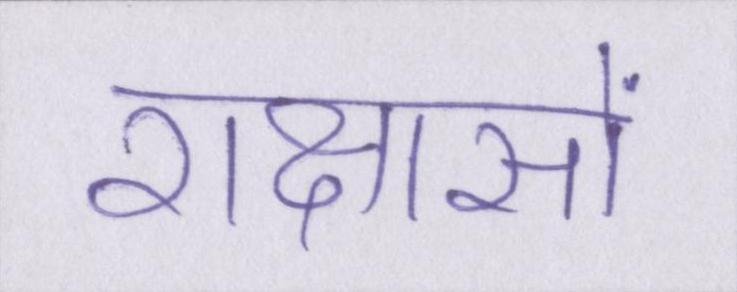
राक्षसों